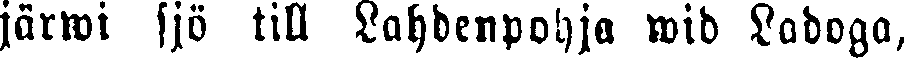
järwi sjö till Lahdenpohja wid Ladoga,